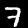
Label: 7